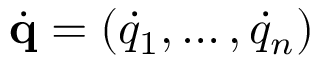
\dot { \mathbf { q } } = ( \dot { q } _ { 1 } , \dots , \dot { q } _ { n } )